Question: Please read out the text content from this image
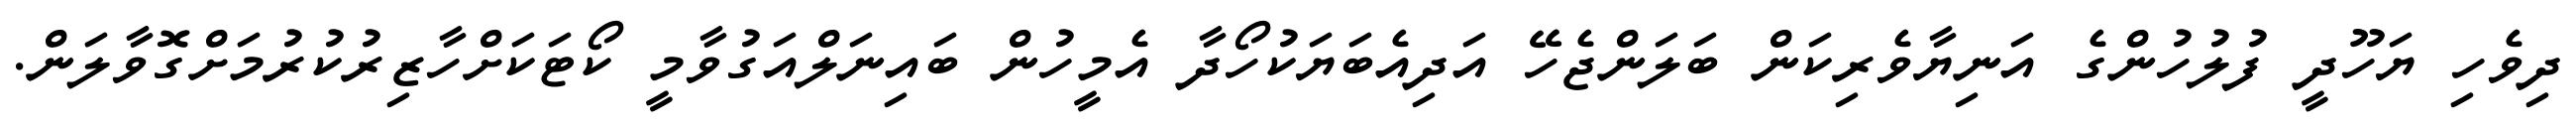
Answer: ދިވެހި ޔަހޫދީ ފުލުހުންގެ އަނިޔާވެރިކަން ބަލަންޖެހޭ އަދިއެބަޔަކުހޯދާ އެމީހުން ބައިނަލްއަގުވާމީ ކޯޓަކަށްހާޒިރުކުރުމަށްގޮވާލަން.